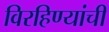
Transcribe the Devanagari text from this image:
विरहिण्यांची